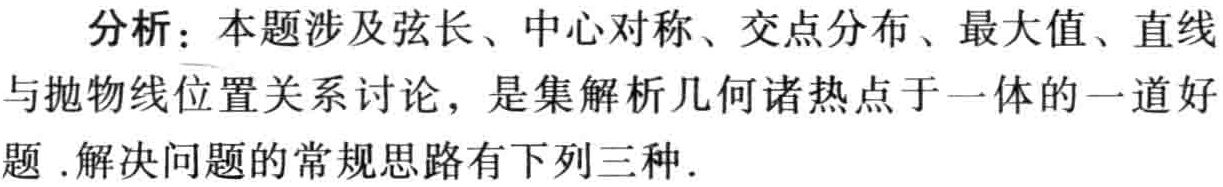
分析：本题涉及弦长、中心对称、交点分布、最大值、直线

与抛物线位置关系讨论，是集解析几何诸热点于一体的一道好

题 .解决问题的常规思路有下列三种.